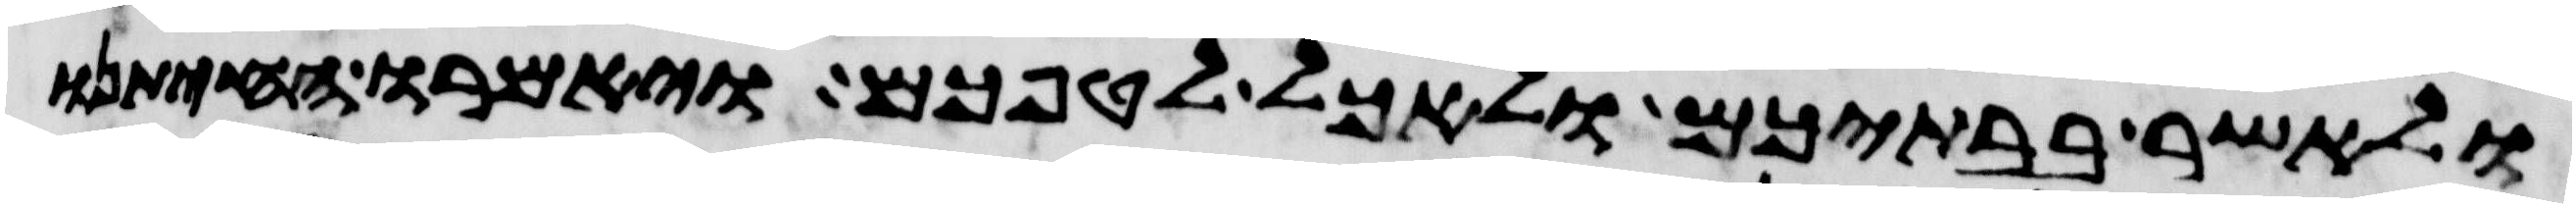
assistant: ולאשר בבתיכם ולאכל לטפכם ויאמרו החיתנו